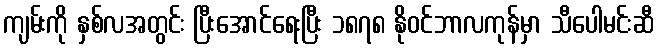
ကျမ်းကို နှစ်လအတွင်း ပြီးအောင်ရေးပြီး ၁၈၇၈ နိုဝင်ဘာလကုန်မှာ သီပေါမင်းဆီ